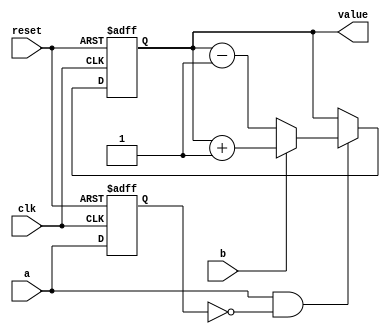
// Note active positive reset

module pmod_enc_rotary_encoder
(
    input             clk,
    input             reset,
    input             a,
    input             b,
    output reg [15:0] value
);

    reg prev_a;

    always @ (posedge clk or posedge reset)
        if (reset)
            prev_a <= 1'b1;
        else
            prev_a <= a;

    always @ (posedge clk or posedge reset)
        if (reset)
        begin
            value <= - 16'd1;  // To do: figure out why we have to start with -1 and not 0
        end
        else if (a && ! prev_a)
        begin
            if (b)
                value <= value + 16'd1;
            else
                value <= value - 16'd1;
        end

endmodule